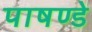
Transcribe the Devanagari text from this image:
पाषण्डे